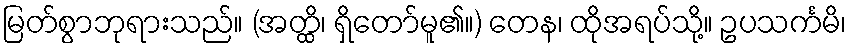
မြတ်စွာဘုရားသည်။ (အတ္ထိ၊ ရှိတော်မူ၏။) တေန၊ ထိုအရပ်သို့။ ဥပသင်္ကမိ၊